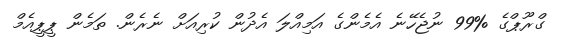
ގްރޫޕްގެ %99 ނުޖެހޭނެ އެމެންގެ އަމިއްލަ އެދުން ކުރިއަށް ނެރެން. ތަމެން ޕީޕީއެމް